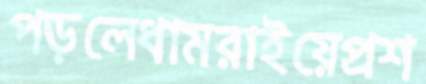
পড়লেধামরাইয়েপ্রশ